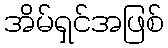
အိမ်ရှင်အဖြစ်